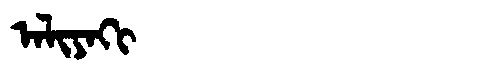
Manchu: ᠠᠯᡳᠶᠠᡴᡳ
Romanization: ALIYAKI